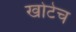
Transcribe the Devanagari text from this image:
खोटेच